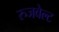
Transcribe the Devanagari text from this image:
रुजवेल्ट